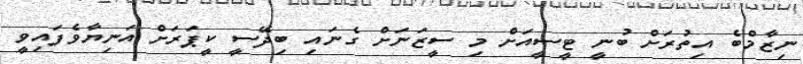
ނިޒާމްބެ އިތުރަށް ބުނީ ޓީސީއަށް މި ސީޒަނަށް ގެނައި ބިދޭސީ ކީޕަރަށް އަނިޔާވެފައިވީ